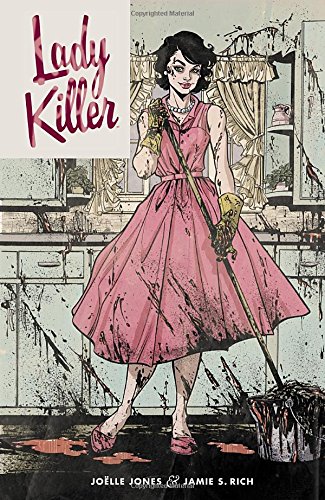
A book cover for Lady Killer; Jamie S. Rich; Comics & Graphic Novels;